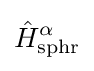
{\hat {H}}_{\text{sphr}}^{\alpha }